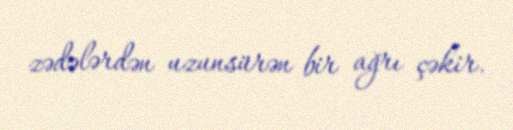
zədələrdən uzunsürən bir ağrı çəkir.